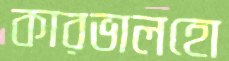
কারভালহো